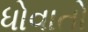
ધોવાતો